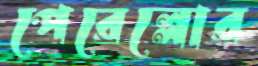
পেরেল্লোর